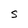
Character: S